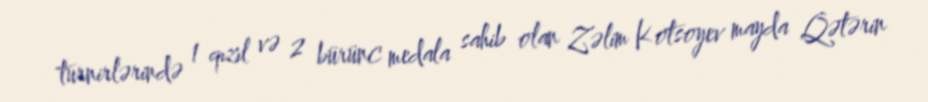
turnirlərində 1 qızıl və 2 bürünc medala sahib olan Zəlim Kotsoyev mayda Qətərin